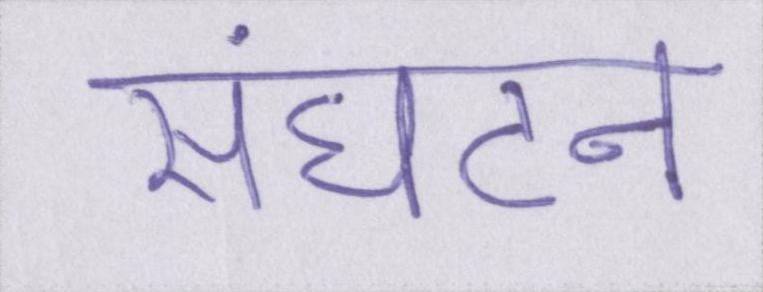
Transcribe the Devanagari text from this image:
संघटन